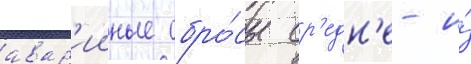
авар'ииные сбро́сы ср'едн'е- и́